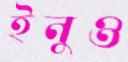
ইনুও